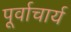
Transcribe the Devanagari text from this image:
पूर्वाचार्य